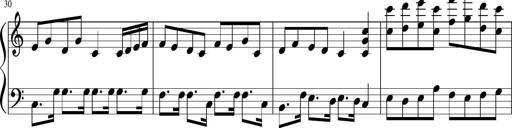
Title: Sonatine Nr.1 in C-Dur
Composer: DÃ©sirÃ©e Manns
Key: C major